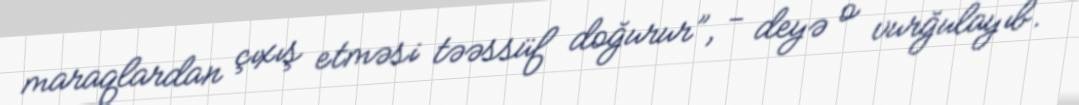
maraqlardan çıxış etməsi təəssüf doğurur”, - deyə o vurğulayıb.